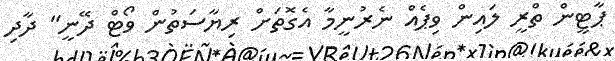
ޕާޓީން ތްރީ ލައިން ވިޕެއް ނެރުނީމާ އެގޮތަށް ރިޔާސަތުން ވޯޓް ދޭނީ" ދާދި